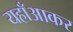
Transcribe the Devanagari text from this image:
यहाँआकर